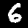
Label: 6